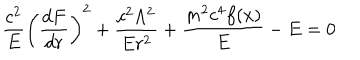
LaTeX: { \frac { c ^ { 2 } } { E } } \biggl ( { \frac { d F } { d r } } \biggr ) ^ { 2 } + { \frac { c ^ { 2 } \Lambda ^ { 2 } } { E r ^ { 2 } } } + { \frac { m ^ { 2 } c ^ { 4 } f ( x ) } { E } } - E = 0